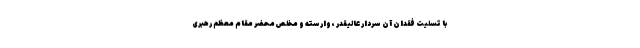
با تسلیت فقدان آن سردار عالیقدر ، وارسته و مخلص محضر مقام معظم رهبری